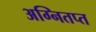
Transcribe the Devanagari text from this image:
अग्नितप्त